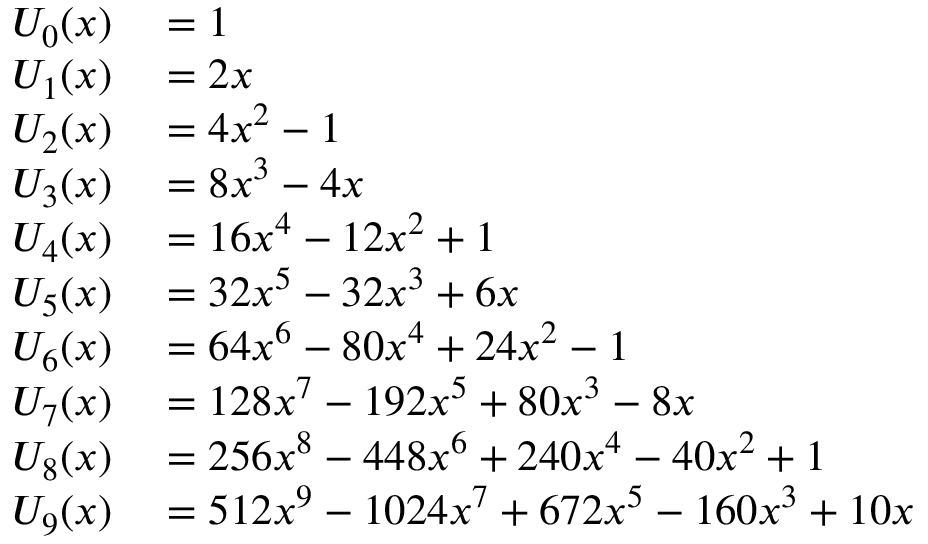
\begin{array} { r l } { U _ { 0 } ( x ) } & { { } = 1 } \\ { U _ { 1 } ( x ) } & { { } = 2 x } \\ { U _ { 2 } ( x ) } & { { } = 4 x ^ { 2 } - 1 } \\ { U _ { 3 } ( x ) } & { { } = 8 x ^ { 3 } - 4 x } \\ { U _ { 4 } ( x ) } & { { } = 1 6 x ^ { 4 } - 1 2 x ^ { 2 } + 1 } \\ { U _ { 5 } ( x ) } & { { } = 3 2 x ^ { 5 } - 3 2 x ^ { 3 } + 6 x } \\ { U _ { 6 } ( x ) } & { { } = 6 4 x ^ { 6 } - 8 0 x ^ { 4 } + 2 4 x ^ { 2 } - 1 } \\ { U _ { 7 } ( x ) } & { { } = 1 2 8 x ^ { 7 } - 1 9 2 x ^ { 5 } + 8 0 x ^ { 3 } - 8 x } \\ { U _ { 8 } ( x ) } & { { } = 2 5 6 x ^ { 8 } - 4 4 8 x ^ { 6 } + 2 4 0 x ^ { 4 } - 4 0 x ^ { 2 } + 1 } \\ { U _ { 9 } ( x ) } & { { } = 5 1 2 x ^ { 9 } - 1 0 2 4 x ^ { 7 } + 6 7 2 x ^ { 5 } - 1 6 0 x ^ { 3 } + 1 0 x } \end{array}